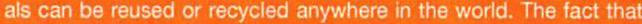
als can be reused or recycled anywhere in the world. The fact that